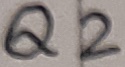
Text: Q2